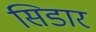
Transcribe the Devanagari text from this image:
सिडार